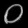
Digit: ၀